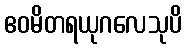
ဧဝမိတရယုဂလေသုပိ